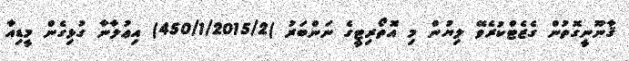
ޤާނޫނީގޮތުން ގެޒެޓްކުރެވޭ ލިޔުން މި އޮތޯރިޓީގެ ނަންބަރު )450/1/2015/2) އިޢުލާނާ ގުޅިގެން މީޑިއާ